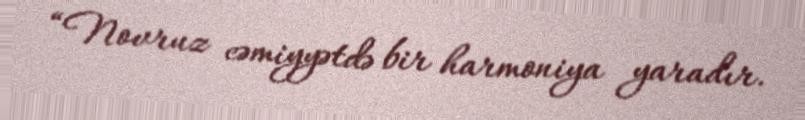
“Novruz cəmiyyətdə bir harmoniya yaradır.